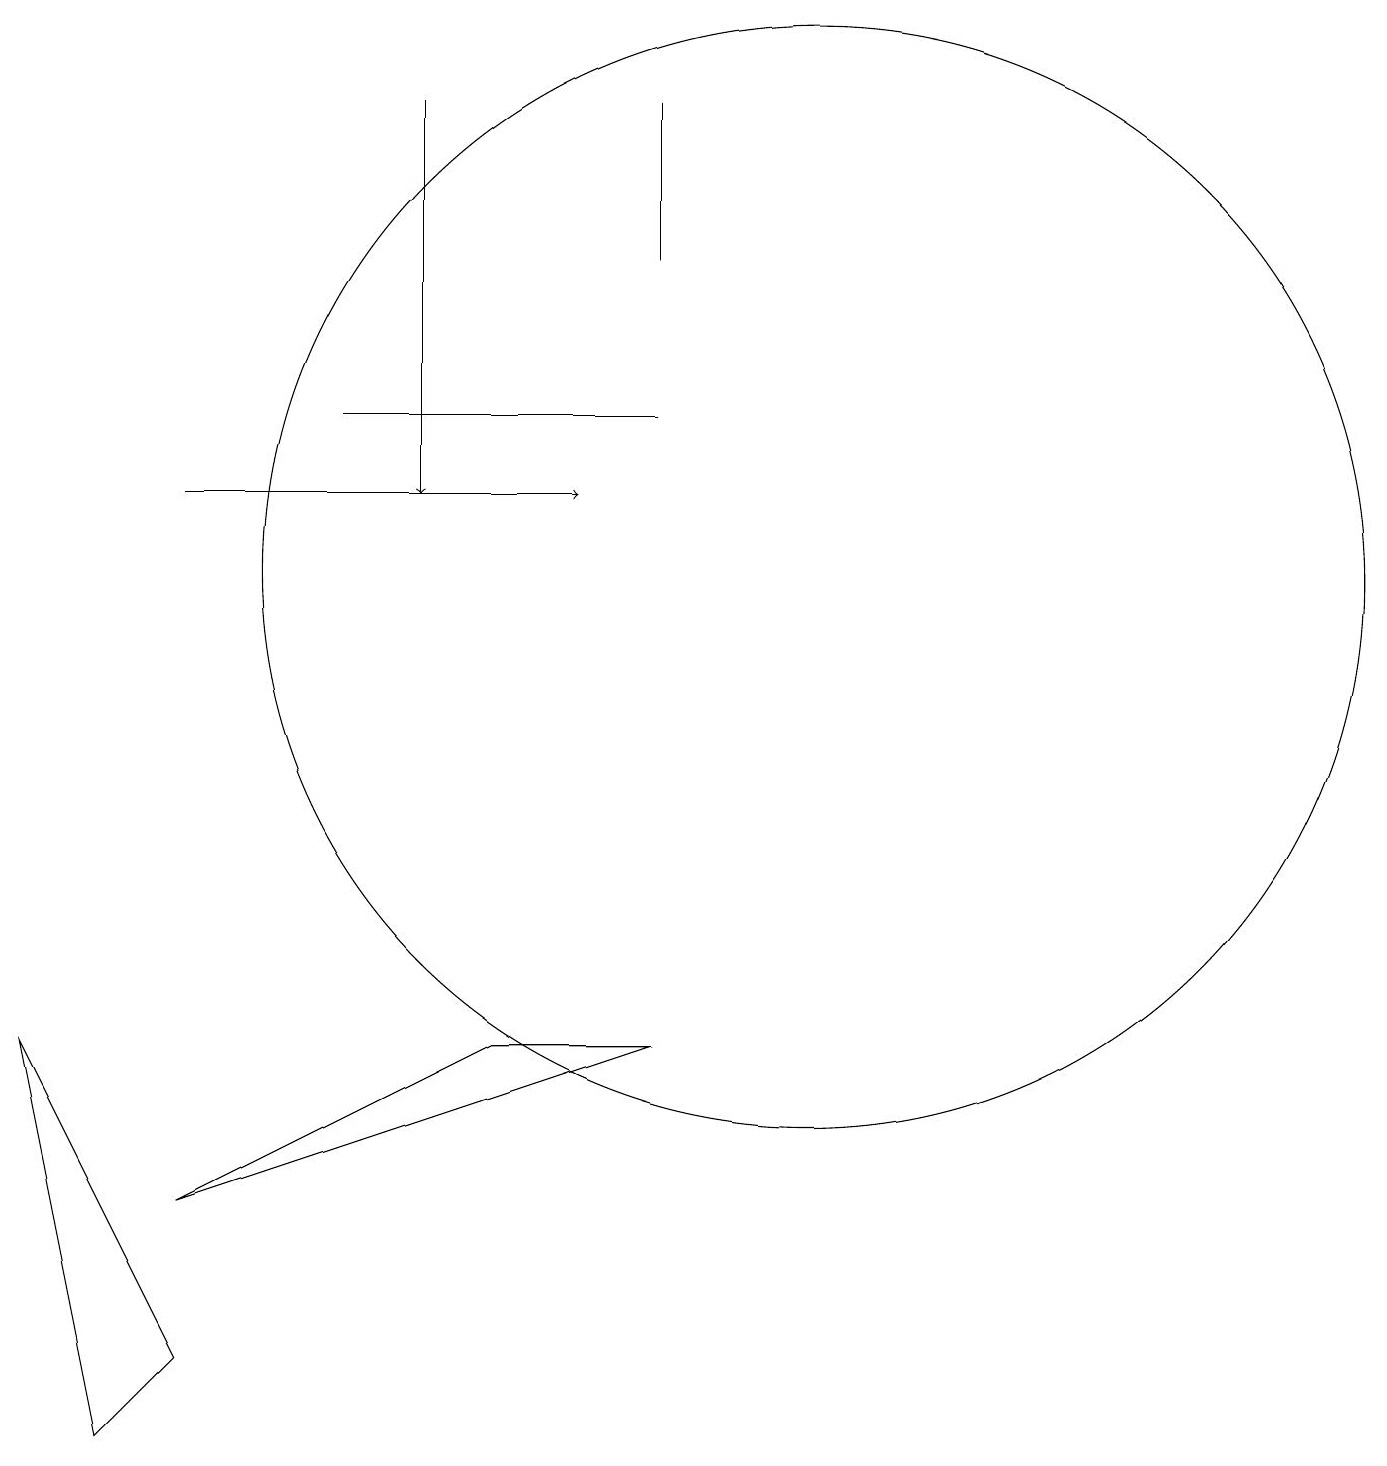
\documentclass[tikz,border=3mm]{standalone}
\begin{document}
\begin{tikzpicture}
\draw (9,16) rectangle (9,18);
\draw[->] (3,13) -- (8,13);
\draw[->] (6,18) -- (6,13);
\draw (11,12) circle (7);
\draw (2,1) -- (1,6) -- (3,2) -- cycle;
\draw (9,14) rectangle (5,14);
\draw (3,4) -- (7,6) -- (9,6) -- cycle;
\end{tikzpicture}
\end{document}